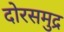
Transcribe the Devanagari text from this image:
दोरसमुद्र